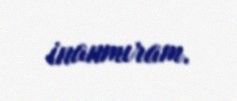
inanmıram.